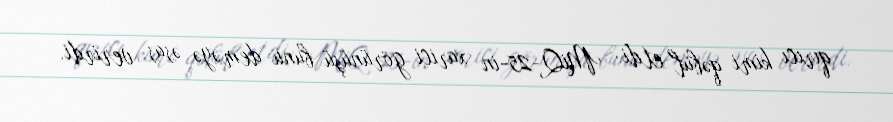
qırıcı kimi qəbul etdi: MiQ-25-in xarici görünüşü bunu deməyə əsas verirdi.